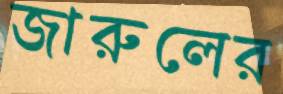
জারুলের